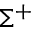
\Sigma ^ { + }